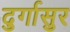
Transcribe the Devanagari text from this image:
दुर्गासुर